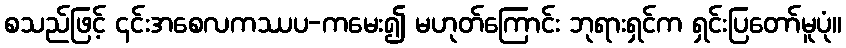
စသည်ဖြင့် ၎င်းအစေလကဿပ-ကမေး၍ မဟုတ်ကြောင်း ဘုရားရှင်က ရှင်းပြတော်မူပုံ။